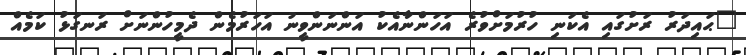
"ޙައިދަރު ރަށުގައި އެކަނި ހުރުމަށްވުރެ އަހަންނާއެކު އަންނަންވީނު އަހަރުމެން ދެމީހުންނަށް ރަނގަޅު ކަމެއް